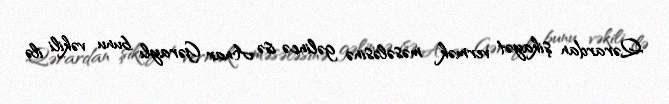
Qərardan şikayət vermək məsələsinə gəlincə isə Anar Gəraylı bunu vəkili ilə